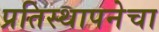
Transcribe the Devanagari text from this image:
प्रतिस्थापनेचा